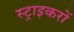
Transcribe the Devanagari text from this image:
स्ट्राइकरों